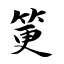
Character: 筻